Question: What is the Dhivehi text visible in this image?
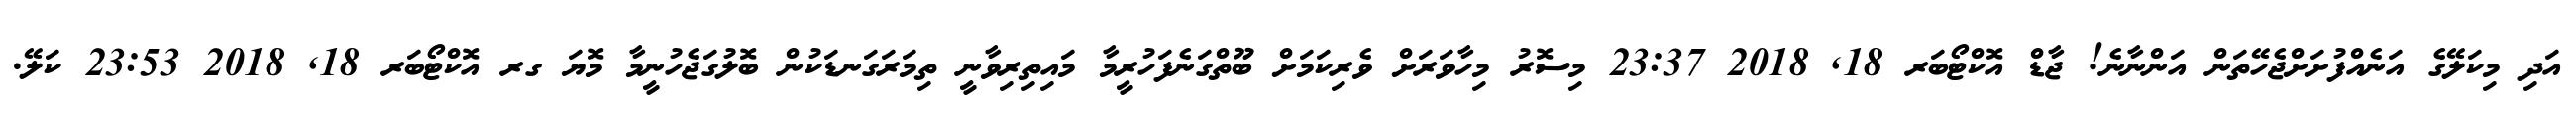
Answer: އަދި މިކަލޭގެ އަނެއްފުށަށްޖެހޭތަން އަންނާނެ! ޖާޑް އޮކްޓޯބަރ 18, 2018 23:37 މިސޮރު މިހާވަރަށް ވެރިކަމަށް ބޫތްގަނެފަހުރީމާ މައިތިރިވާނީ ތިމަރަގަނޑަކުން ބޮލުގަޖެހުނީމާ މޮޔަ ގރ އޮކްޓޯބަރ 18, 2018 23:53 ކަލޭ.